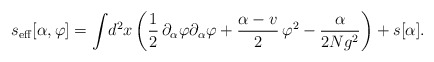
\begin{align*}s_{\rm eff}[\alpha ,\varphi] = \int\! d^{2}x \left({1\over 2}\, \partial_{\alpha}\varphi \partial_{\alpha}\varphi +{\alpha -v\over 2}\, \varphi^{2} - {\alpha\over 2Ng^{2}} \right)+ s[\alpha].\end{align*}